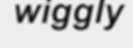
wiggly